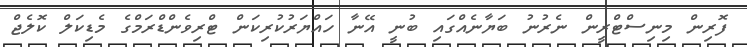
ފޮރިން މިނިސްޓްރީން ނެރުނު ބަޔާނެއްގައި ބުނީ އޭނާ ހައްޔަރުކުރިކަން ޓްރިވެންޑްރަމްގެ މެޑިކަލް ކޮލެޖް